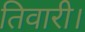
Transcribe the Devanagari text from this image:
तिवारी।